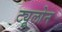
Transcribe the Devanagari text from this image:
ट्यूलोन